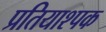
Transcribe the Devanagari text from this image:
प्रतियाश्पक